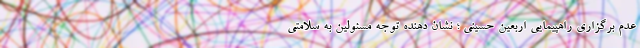
عدم برگزاری راهپیمایی اربعین حسینی ؛ نشان دهنده توجه مسئولین به سلامتی